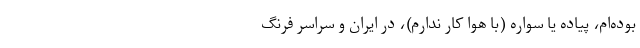
بوده‌ام، پیاده یا سواره (با هوا کار ندارم)، در ایران و سراسر فرنگ